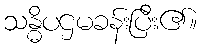
သန္ဓိပဌမခန်းပြီး၏။